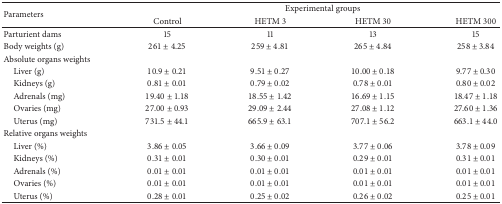
<table><thead><tr><td rowspan="2"><b>Parameters</b></td><td colspan="4"><b>Experimental groups</b></td></tr><tr><td><b>Control</b></td><td><b>HETM 3</b></td><td><b>HETM 30</b></td><td><b>HETM 300</b></td></tr></thead><tbody><tr><td>Parturient dams</td><td>15</td><td>11</td><td>13</td><td>15</td></tr><tr><td>Body weights (g)</td><td>261 ± 4.25</td><td>259 ± 4.81</td><td>265 ± 4.84</td><td>258 ± 3.84</td></tr><tr><td>Absolute organs weights</td><td> </td><td> </td><td> </td><td> </td></tr><tr><td> Liver (g)</td><td>10.9 ± 0.21</td><td>9.51 ± 0.27</td><td>10.00 ± 0.18</td><td>9.77 ± 0.30</td></tr><tr><td> Kidneys (g)</td><td>0.81 ± 0.01</td><td>0.79 ± 0.02</td><td>0.78 ± 0.01</td><td>0.80 ± 0.02</td></tr><tr><td> Adrenals (mg)</td><td>19.40 ± 1.18</td><td>18.55 ± 1.42</td><td>16.69 ± 1.15</td><td>18.47 ± 1.18</td></tr><tr><td> Ovaries (mg)</td><td>27.00 ± 0.93</td><td>29.09 ± 2.44</td><td>27.08 ± 1.12</td><td>27.60 ± 1.36</td></tr><tr><td> Uterus (mg)</td><td>731.5 ± 44.1</td><td>665.9 ± 63.1</td><td>707.1 ± 56.2</td><td>663.1 ± 44.0</td></tr><tr><td>Relative organs weights</td><td> </td><td> </td><td> </td><td> </td></tr><tr><td> Liver (%)</td><td>3.86 ± 0.05</td><td>3.66 ± 0.09</td><td>3.77 ± 0.06</td><td>3.78 ± 0.09</td></tr><tr><td> Kidneys (%)</td><td>0.31 ± 0.01</td><td>0.30 ± 0.01</td><td>0.29 ± 0.01</td><td>0.31 ± 0.01</td></tr><tr><td> Adrenals (%)</td><td>0.01 ± 0.01</td><td>0.01 ± 0.01</td><td>0.01 ± 0.01</td><td>0.01 ± 0.01</td></tr><tr><td> Ovaries (%)</td><td>0.01 ± 0.01</td><td>0.01 ± 0.01</td><td>0.01 ± 0.01</td><td>0.01 ± 0.01</td></tr><tr><td> Uterus (%)</td><td>0.28 ± 0.01</td><td>0.25 ± 0.02</td><td>0.26 ± 0.02</td><td>0.25 ± 0.01</td></tr></tbody></table>